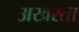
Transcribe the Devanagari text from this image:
अखरता